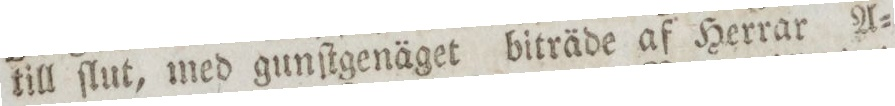
till ſlut, med gunſtgenäget biträde af Herrar A=